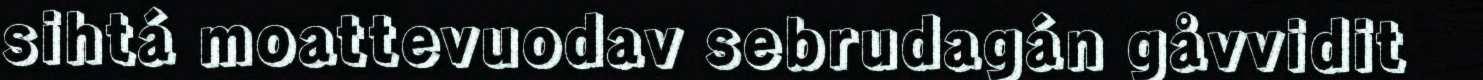
sihtá moattevuodav sebrudagán gåvvidit